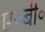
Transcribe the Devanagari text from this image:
ए॰बी॰